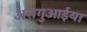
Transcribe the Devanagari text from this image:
अरागुआईया